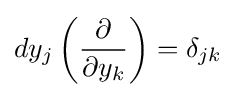
dy_{j}\left({\frac {\partial }{\partial y_{k}}}\right)=\delta _{jk}